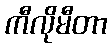
ကီလိုမီတာ